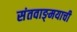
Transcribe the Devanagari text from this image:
संतवाङ्‌मयाची